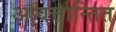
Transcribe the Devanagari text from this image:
आवर्त्तान्तित